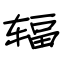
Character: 辐